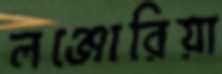
লঞ্জোরিয়া